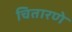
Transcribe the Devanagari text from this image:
चितारणे